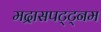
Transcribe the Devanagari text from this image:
मद्रासपट्ट्नम